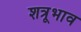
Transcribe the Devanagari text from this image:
शत्रूभाव